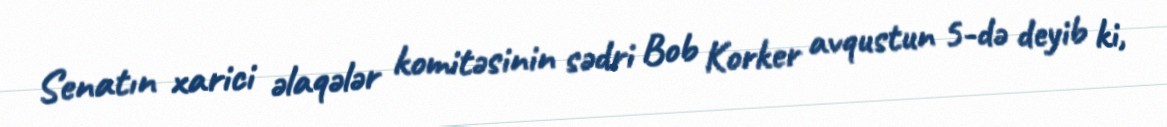
Senatın xarici əlaqələr komitəsinin sədri Bob Korker avqustun 5-də deyib ki,